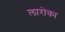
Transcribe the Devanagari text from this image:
लारोका